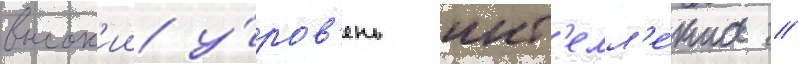
высок'ии у́ров'ень инт'елл'е́кта //